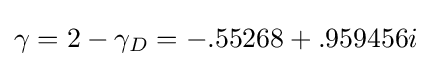
\gamma =2-\gamma _{D}=-.55268+.959456i